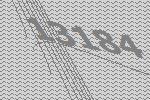
13184